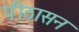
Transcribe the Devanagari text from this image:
पीठासन